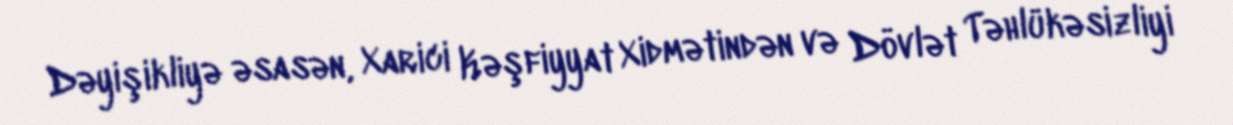
Dəyişikliyə əsasən, Xarici Kəşfiyyat Xidmətindən və Dövlət Təhlükəsizliyi